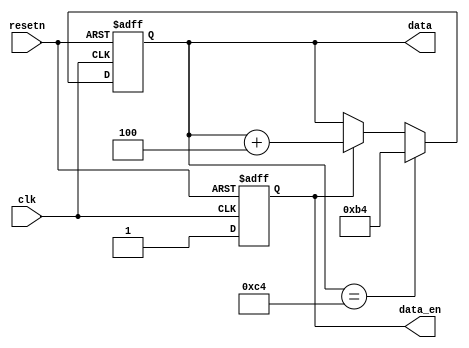
module data_generation_9(input clk, input resetn, output reg data_en, output reg [7:0] data);

 always@(posedge clk or negedge resetn)
 if(resetn == 1'b0)
 data_en <= 1'b0;
 else
 data_en <= 1'b1;


 always@(posedge clk or negedge resetn)
 if(resetn == 1'b0)
 data <= 8'd180;
 else if(data == 8'd196)
 data <= 8'd180;
 else if(data_en == 1'b1)
 data <= data + 3'd4;
 else
 data <= data;
 
endmodule